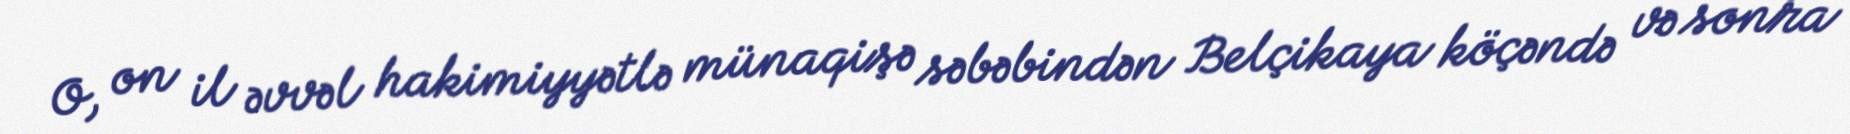
O, on il əvvəl hakimiyyətlə münaqişə səbəbindən Belçikaya köçəndə və sonra